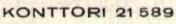
KONTTORI 21 589